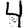
Digit: 4